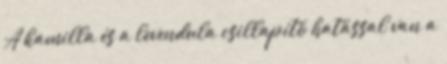
A kamilla és a levendula csillapító hatással van a